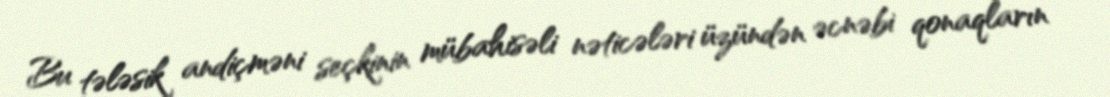
Bu tələsik andiçməni seçkinin mübahisəli nəticələri üzündən əcnəbi qonaqların